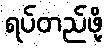
ရပ်တည်ဖို့